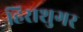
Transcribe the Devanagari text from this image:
हिराशुगर